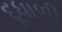
દૂધાળી